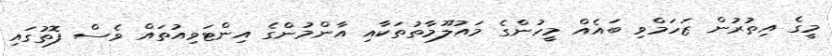
މީގެ އިތުރުން ޒަހަމްވި ބައެއް މީހުންގެ މައުލޫމާތުތަކާއި އާންމުންގެ އިންޓަވިއުތައް ވެސް ފޮތުގައި